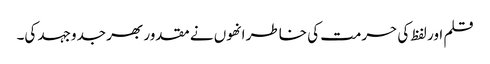
قلم اور لفظ کی حرمت کی خاطر انھوں نے مقدور بھر جدوجہد کی۔